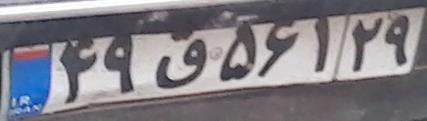
۴۹ق۵۶۱۲۹